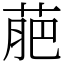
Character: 萉